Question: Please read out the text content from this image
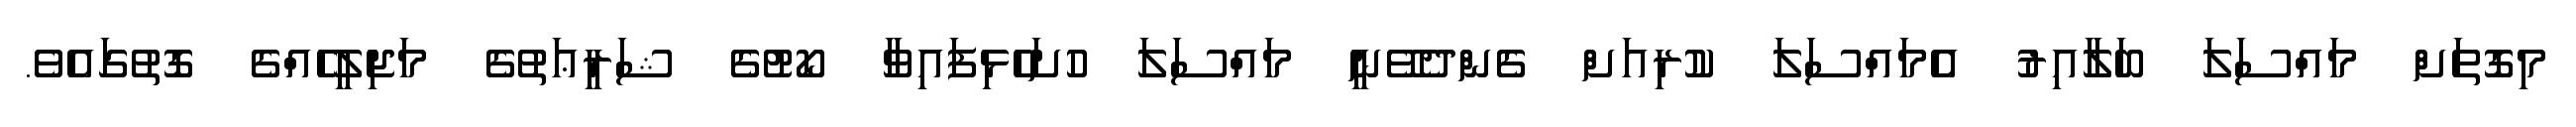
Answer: މިގޮތަށް މައްސަލަ ބަލާއިރު އެމައްސަލަ ކުރިއަށް ގެންދެވޭނީ މައްސަލަ ހުށަހެޅިފައިވާ ކޯޓުގެ ޝަރީޢަތުގެ މަޖިލީހެއްގެ ގޮތުގައެވެ.